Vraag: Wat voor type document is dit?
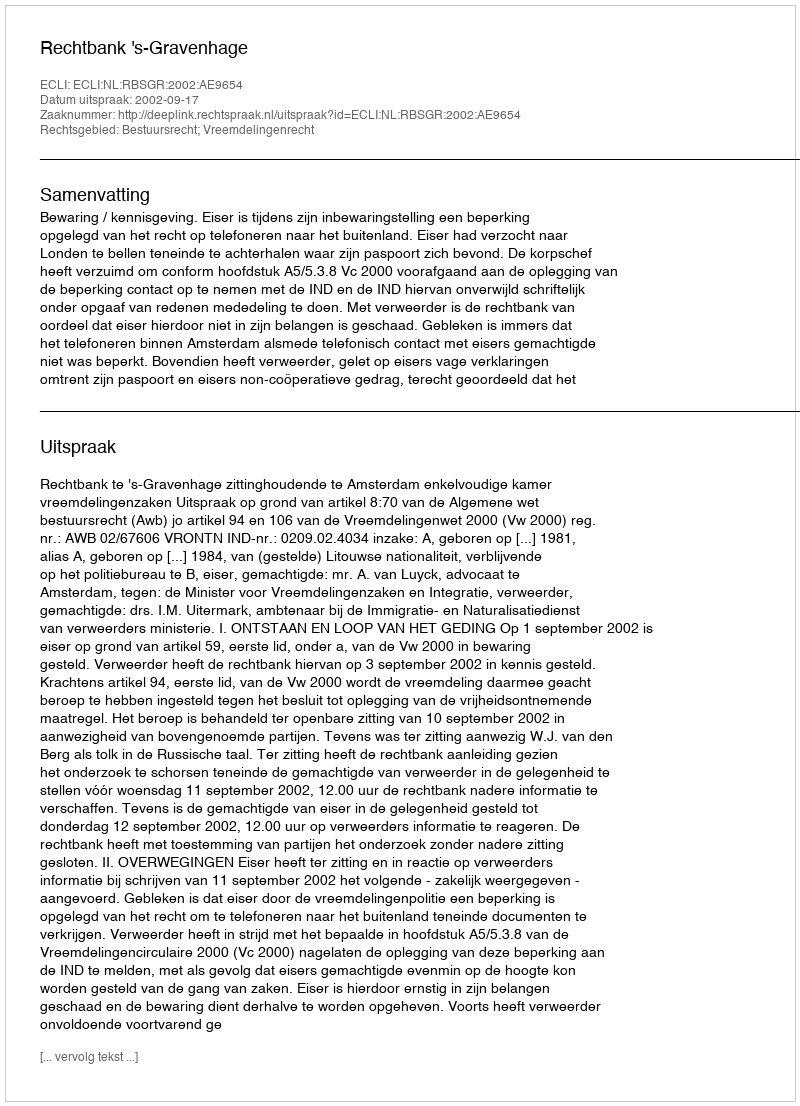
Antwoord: Uitspraak